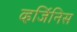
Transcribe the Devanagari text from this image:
व्हर्जिनिस